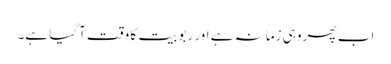
اب پھر وہی زمانہ ہے اور ربوبیت کا وقت آگیا ہے۔